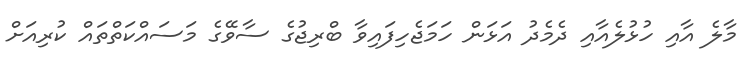
މާލެ އާއި ހުޅުލެއާއި ދެމެދު އަޅަން ހަމަޖެހިފައިވާ ބްރިޖުގެ ސާވޭގެ މަސައްކަތްތައް ކުރިއަށް